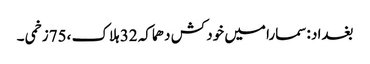
بغداد :سمارا میں خود کش دھماکہ 32 ہلاک ،75زخمی ۔